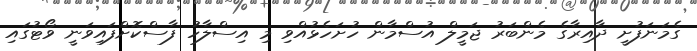
ގެމަނަފުށީ ދާއިރާގެ މެންބަރު ޖަމީލް އުސްމާން ހުށަހެޅުއްވި މި އިސްލާހު ފާސްކޮށްފައިވަނީ ވޯޓުގައި